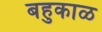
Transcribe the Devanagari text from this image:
बहुकाळ